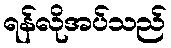
ရန်လိုအပ်သည်